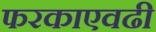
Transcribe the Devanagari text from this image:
फरकाएवढी